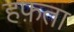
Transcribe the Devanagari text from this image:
हफ़ता